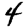
Digit: 4